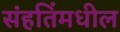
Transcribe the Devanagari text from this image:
संहतिंमधील